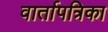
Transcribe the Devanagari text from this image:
वार्तापत्रिका